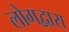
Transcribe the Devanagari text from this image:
लोगद्वारा